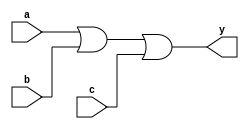
module or_gate_3(y,a,b,c);
  
  input a,b,c;
  output reg y;
  
  always@(a&b&c)
  begin
    y = a|b|c;
  end
endmodule